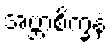
အဗ္ဘာစိက္ခနံ